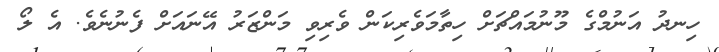
ހިނދު އަނުމްގެ މޫނުމައްޗަށް ހިތާމަވެރިކަން ވެރިވި މަންޒަރު އޭނައަށް ފެނުނެވެ. އެ ލޯ